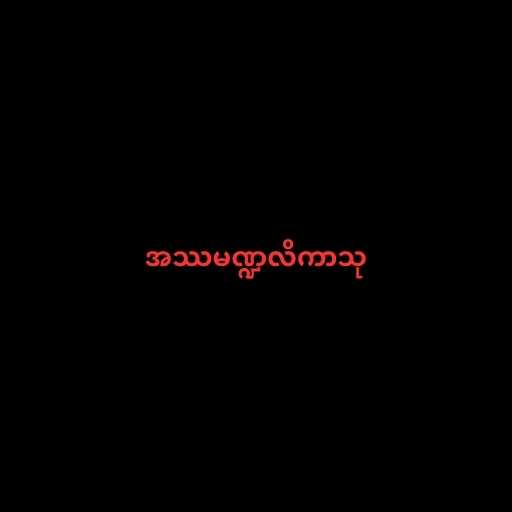
အဿမဏ္ဍလိကာသု